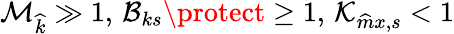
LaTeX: \mathcal{M}_{\widehat{k}}\gg 1,\, \mathcal{B}_{ks}\protect\geq 1,\, \mathcal{K}_{\widehat{m}x,s}<1